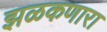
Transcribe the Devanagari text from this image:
झळकणारा